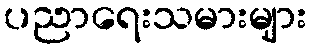
ပညာရေးသမားများ